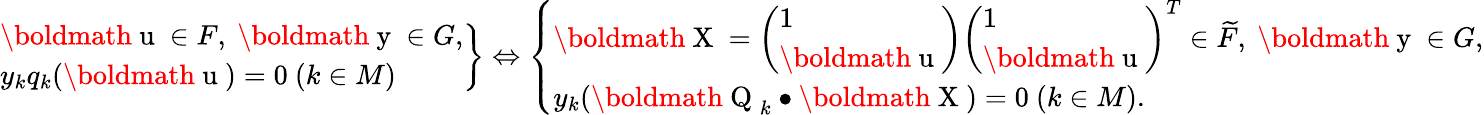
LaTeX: \begin{array}{r}{\left.\begin{array}{l}{\mathrm{\boldmath~u~}\in F,\ \mathrm{\boldmath~y~}\in G,}\\ {y_{k}q_{k}(\mathrm{\boldmath~u~})=0\ (k\in M)}\end{array}\right\} \Leftrightarrow\left\{ \begin{array}{l}{\mathrm{\boldmath~X~}=\left(\begin{array}{l}{1}\\ {\mathrm{\boldmath~u~}}\end{array}\right)\left(\begin{array}{l}{1}\\ {\mathrm{\boldmath~u~}}\end{array}\right)^{T}\in\widetilde{F},\ \mathrm{\boldmath~y~}\in G,}\\ {y_{k}(\mathrm{\boldmath~Q~}_{k}\bullet\mathrm{\boldmath~X~})=0\ (k\in M).}\end{array}\right.}\end{array}